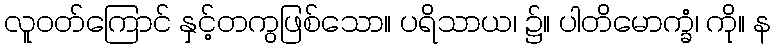
လူဝတ်ကြောင် နှင့်တကွဖြစ်သော။ ပရိသာယ၊ ၌။ ပါတိမောက္ခံ၊ ကို။ န